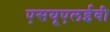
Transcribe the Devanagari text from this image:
एसयूएलईवी